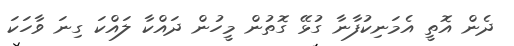
ދެން އޮތީ އެމަނިކުފާނާ ގުޅޭ ގޮތުން މީހުން ދައްކާ ލައްކަ ގިނަ ވާހަކަ